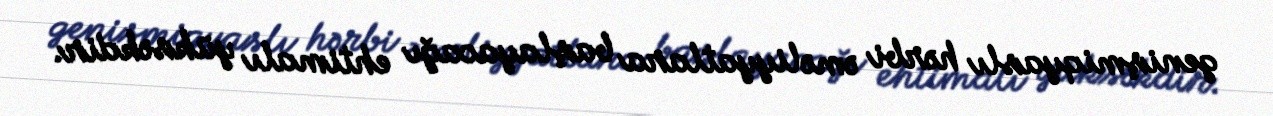
genişmiqyaslı hərbi əməliyyatlara başlayacağı ehtimalı yüksəkdir.